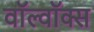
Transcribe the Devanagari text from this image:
वॉल्वॉक्स